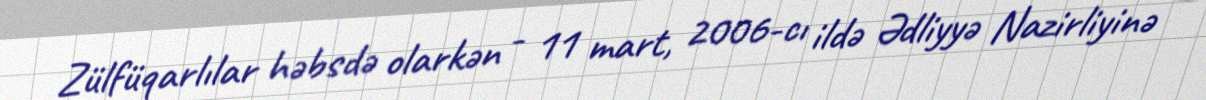
Zülfüqarlılar həbsdə olarkən - 11 mart, 2006-cı ildə Ədliyyə Nazirliyinə